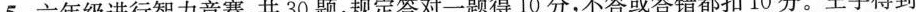
5.六年级进行智力竞赛，规定答对一题得10分，不答或答错都扣10分。王宇得到